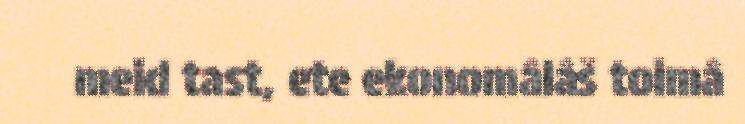
meid tast, ete ekonomâlâš toimâ